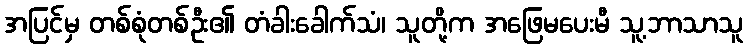
အပြင်မှ တစ်စုံတစ်ဦး၏ တံခါးခေါက်သံ၊ သူတို့က အဖြေမပေးမီ သူ့ဘာသာသူ